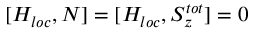
[ H _ { l o c } , N ] = [ H _ { l o c } , S _ { z } ^ { t o t } ] = 0